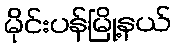
မိုင်းပန်မြို့နယ်